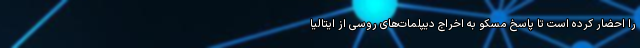
را احضار کرده است تا پاسخ مسکو به اخراج دیپلمات‌های روسی از ایتالیا